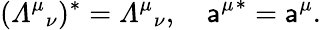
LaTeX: ({{\mit\Lambda}^{\mu}}_{\nu})^{*}={{\mit\Lambda}^{\mu}}_{\nu},\quad{\mathsf{a}^{\mu}}^{*}=\mathsf{a}^{\mu}.